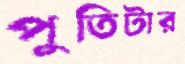
পুতিটার